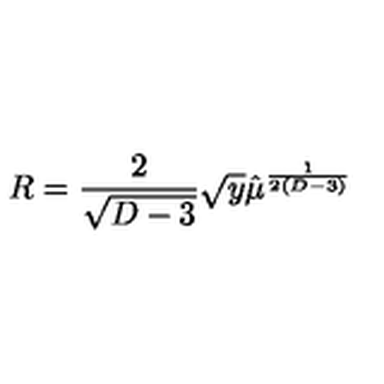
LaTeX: R = { \frac { 2 } { \sqrt { D - 3 } } } \sqrt y \hat { \mu } ^ { \frac { 1 } { 2 ( D - 3 ) } }